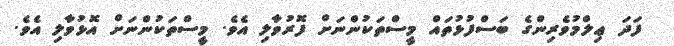
ފަދަ ޢިލްމުވެރިންގެ ބަސްފުޅުތައް މީސްތަކުންނަށް ފޮރުވާލި އެވެ. މީސްތަކުންނަށް އޮޅުވާލި އެވެ.